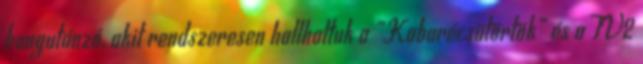
hangutánzó, akit rendszeresen hallhattuk a „Kabarécsütörtök” és a TV2